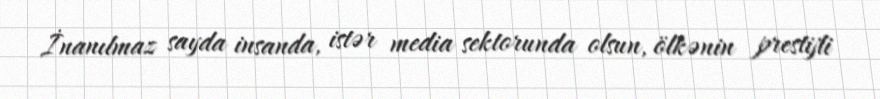
İnanılmaz sayda insanda, istər media sektorunda olsun, ölkənin prestijli